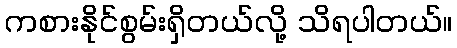
ကစားနိုင်စွမ်းရှိတယ်လို့ သိရပါတယ်။